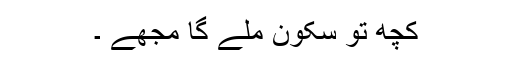
کچھ تو سکون ملے گا مجھے ۔